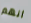
انهم